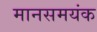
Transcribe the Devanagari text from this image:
मानसमयंक